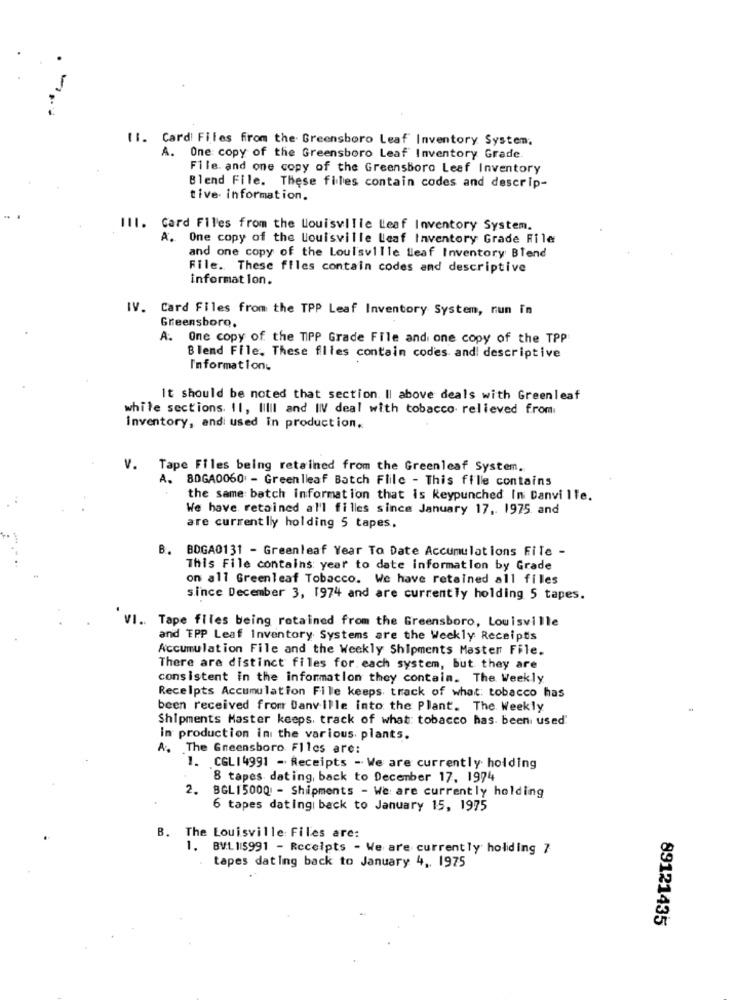
.-..
11. Cardi Files from the Greensboro Leaf Inventory System;
A. One copy of the Greensboro Leaf Inventory Grade
File. and one copy of the Greensboro Leaf Inventory
Blend File. These files contain codes and descrip-
tive. information.
III. Card Files from the Louisville Leaf Inventory System.
A. One copy of the louisville leaf Inventory Grade File
and one copy of the Louisville lleaf Inventory Blend
File. These files contain codes and descriptive
informat lon.
IV. Card Files from the TPP Leaf Inventory System, nun in
Greensboro.
A. One copy of the TIPP Grade File and one copy of the TPP
Blend File, These files contain codes and! descriptive
I'mformation
It should be noted that section. Il above deals with Greenleaf
while sections. 11, lillI and IIV deal with tobacco relieved from
Inventory, andi used in production.
V. Tape Files being retained from the Greenleaf System.
A.
8DGA0060 - Greenleaf Batch Flile - This fille contains
the same batch information that is keypunched In Danville.
We have retained al'l filles since January 17 .. 1975 and
are currentlly holding 5 tapes,
B. BOGA0131 - Greenleaf Year To Date Accumulations File -
This File contains year to date information by Grade
on all Greenleaf Tobacco. We have retained all files
since December 3, 1974 and are currently holding 5 tapes.
VI. Tape files being retained from the Greensboro, Louisville
and EPP Leaf Inventory Systems are the Weekly Receipts
Accumulation File and the Weekly Shipments Master File.
There are distinct files for each system, but they are
consistent in the information they contain. The Weekly
Receipts Accumulation Fille keeps track of what: tobacco has
been received from Danville into the Plant. The Weekly
Shipments Master keeps, track of what: tobacco has been used'
in production in the various. plants.
A. The Greensboro Files are:
1. CGL14991 - Receipts - We are currently holding
8 tapes dating, back to December 17. 1974
2. BGL15000 - Shipments - We are currently holding
6 tapes datingi back to January 15, 1975
B. The Louisville Files are:
1. BVL 15991 - Receipts - We are currently holding 7
tapes dating back to January 4, 1975
89121435